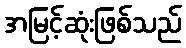
အမြင့်ဆုံးဖြစ်သည်